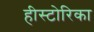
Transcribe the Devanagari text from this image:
हीस्टोरिका